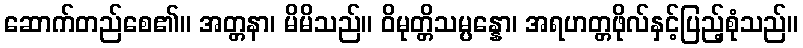
ဆောက်တည်စေ၏။ အတ္တနာ၊ မိမိသည်။ ဝိမုတ္တိသမ္ပန္နော၊ အရဟတ္တဖိုလ်နှင့်ပြည့်စုံသည်။